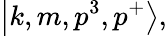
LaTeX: \left|k,m,p^{3},p^{+}\right>,